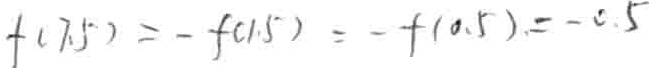
$f(7.5)=-f(1.5)=-f(0.5)= - 0.5$